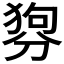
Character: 𤟳